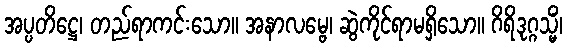
အပ္ပတိဋ္ဌေ၊ တည်ရာကင်းသော။ အနာလမ္ဗေ၊ ဆွဲကိုင်ရာမရှိသော။ ဂိရိဒုဂ္ဂသ္မိံ၊